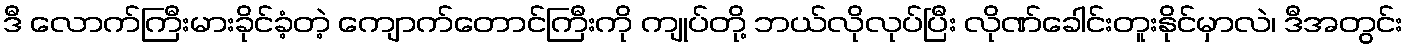
ဒီ လောက်ကြီးမားခိုင်ခံ့တဲ့ ကျောက်တောင်ကြီးကို ကျုပ်တို့ ဘယ်လိုလုပ်ပြီး လိုဏ်ခေါင်းတူးနိုင်မှာလဲ၊ ဒီအတွင်း